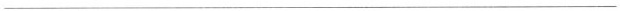
___